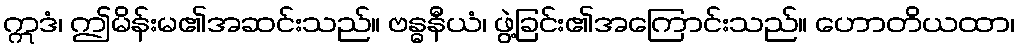
ဣဒံ၊ ဤမိန်းမ၏အဆင်းသည်။ ဗန္ဓနီယံ၊ ဖွဲ့ခြင်း၏အကြောင်းသည်။ ဟောတိယထာ၊